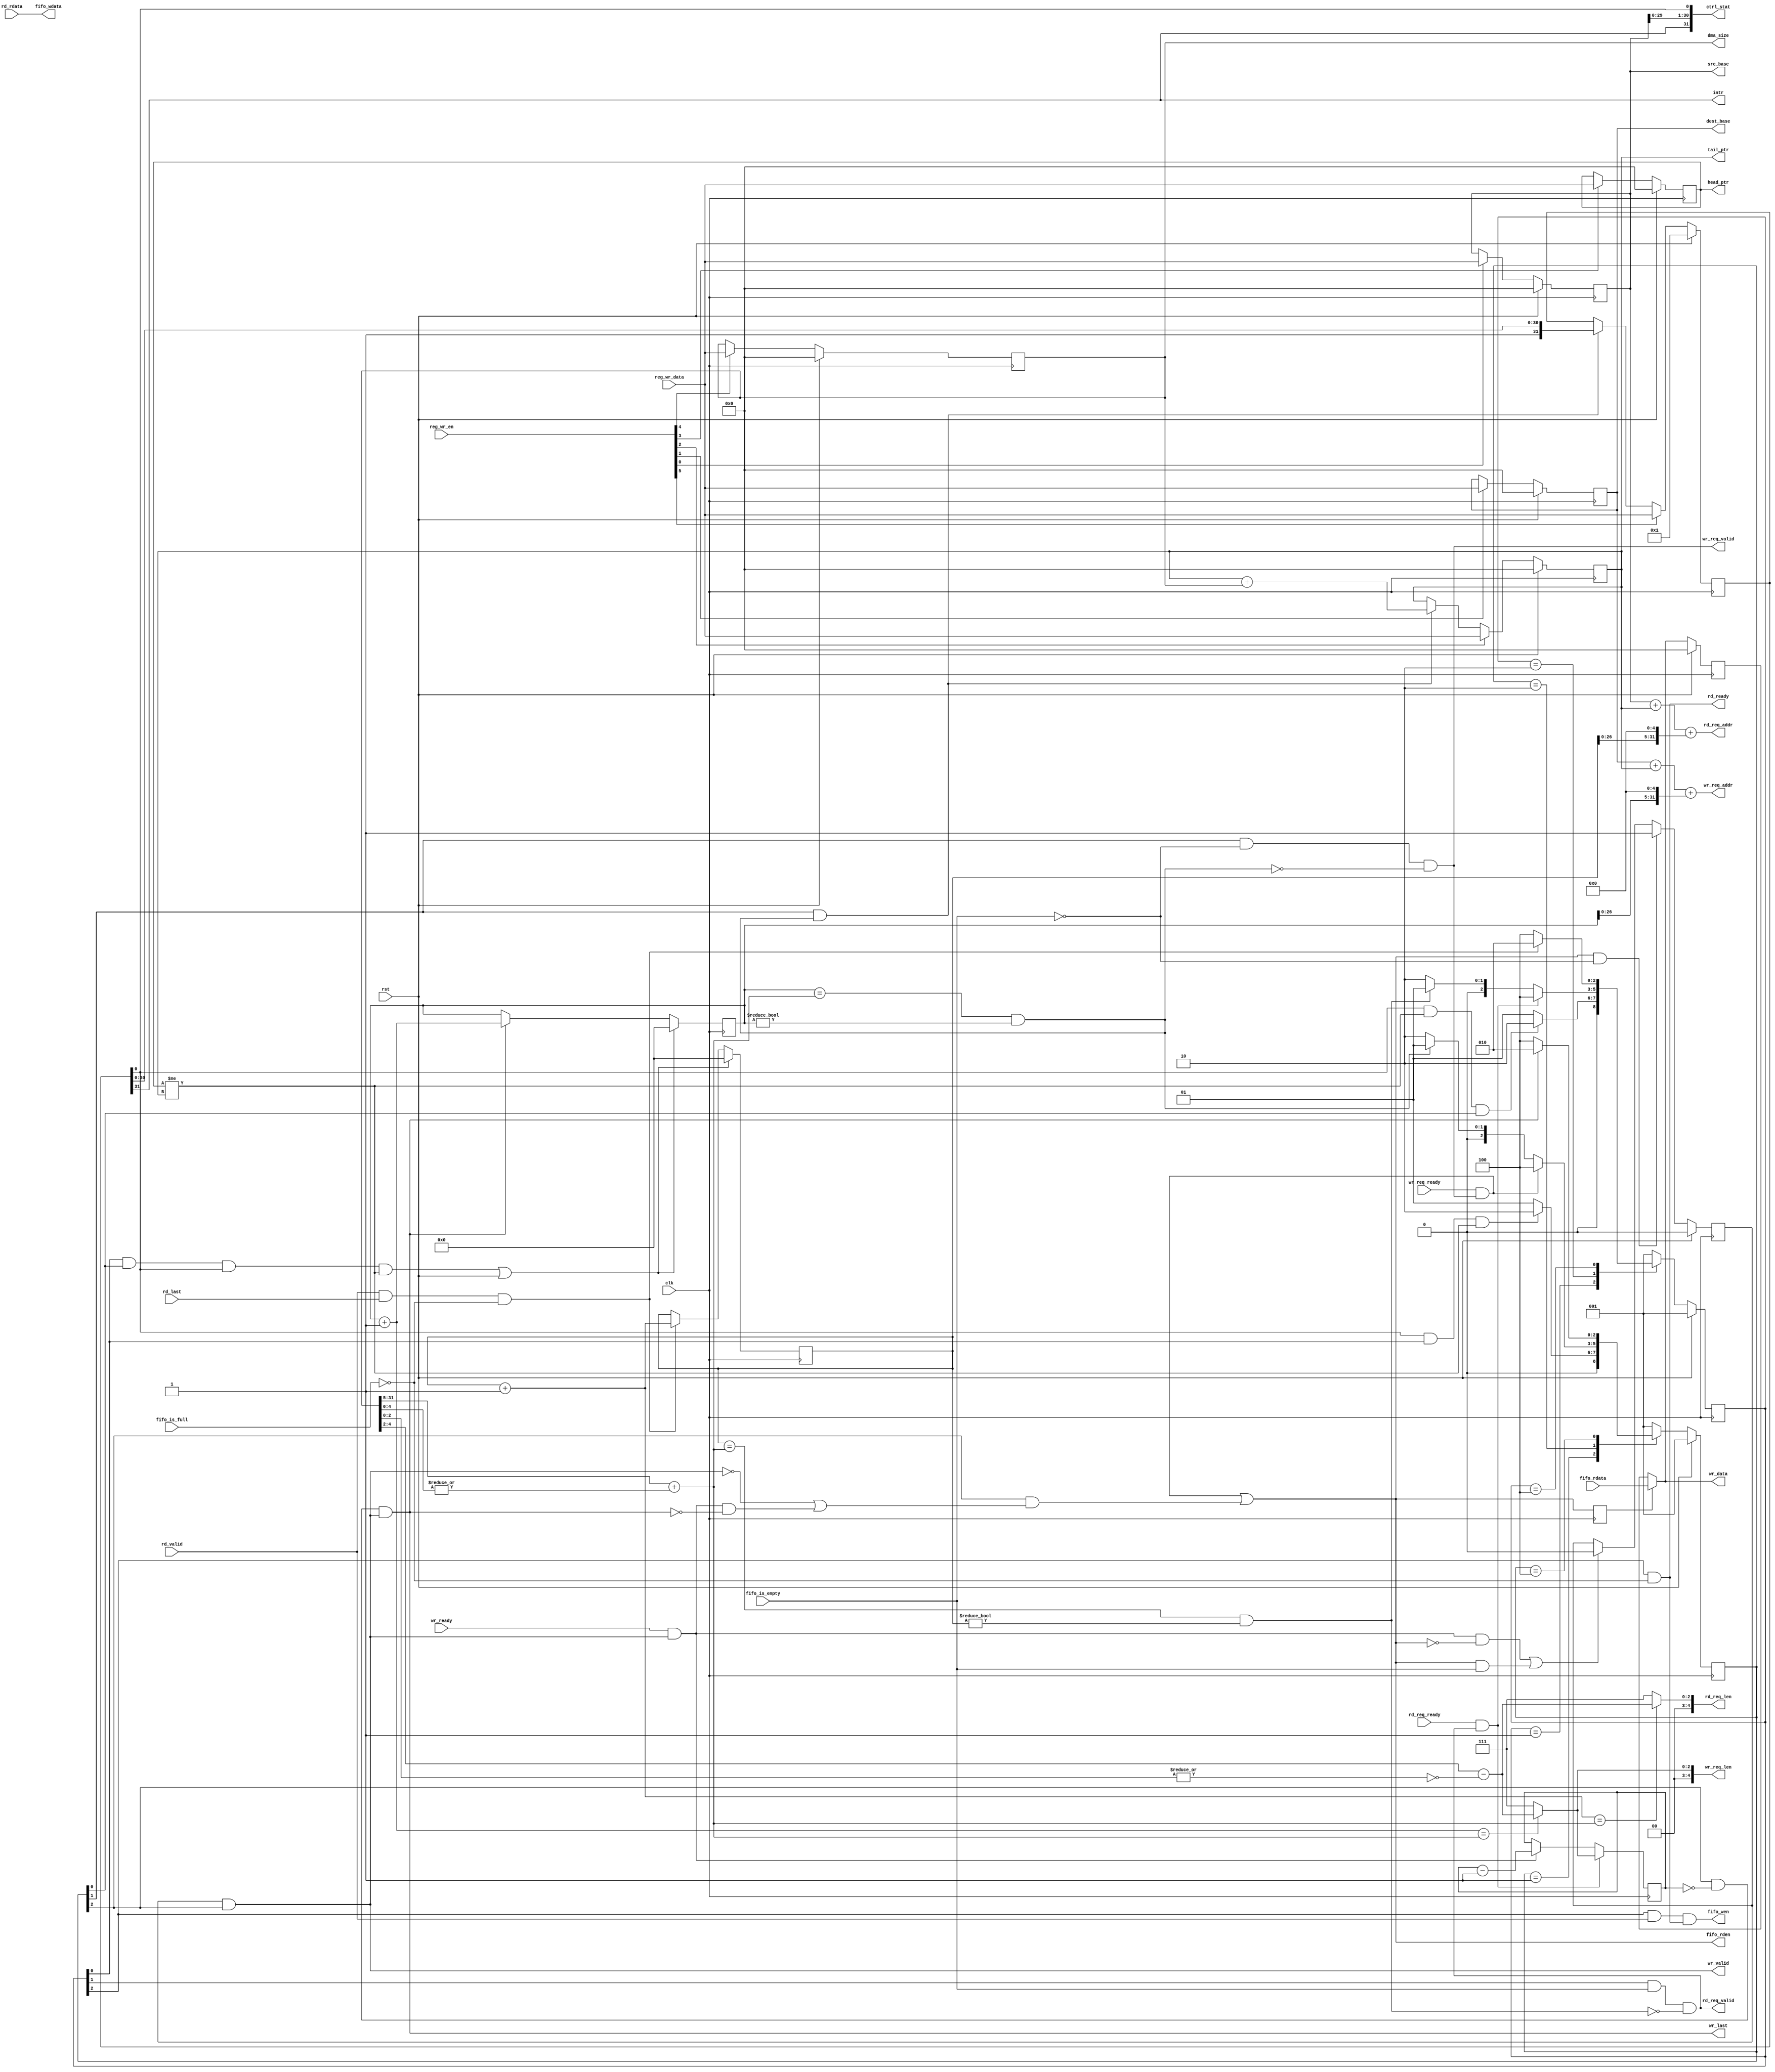
module engine_core #(
	parameter integer  DATA_WIDTH       = 32
)
(
	input    clk,
	input    rst,
	
	output [31:0]       src_base,
	output [31:0]       dest_base,
	output [31:0]       tail_ptr,
	output [31:0]       head_ptr,
	output [31:0]       dma_size,
	output [31:0]       ctrl_stat,

	input  [31:0]	    reg_wr_data,
	input  [ 5:0]       reg_wr_en,
  
	output              intr,
  
	output [31:0]       rd_req_addr,
	output [ 4:0]       rd_req_len,
	output              rd_req_valid,
	
	input               rd_req_ready,
	input  [31:0]       rd_rdata,
	input               rd_last,
	input               rd_valid,
	output              rd_ready,
	
	output [31:0]       wr_req_addr,
	output [ 4:0]       wr_req_len,
	output              wr_req_valid,
	input               wr_req_ready,
	output [31:0]       wr_data,
	output              wr_valid,
	input               wr_ready,
	output              wr_last,
	
	output              fifo_rden,
	output [31:0]       fifo_wdata,
	output              fifo_wen,
	
	input  [31:0]       fifo_rdata,
	input               fifo_is_empty,
	input               fifo_is_full
);
	// TODO: Please add your logic design here
  
        wire EN = ctrl_stat[0];
        assign intr = ctrl_stat[31];
        reg [2:0] RD_current_state, RD_next_state;
        reg [2:0] WR_current_state, WR_next_state;

        localparam IDLE   = 3'b001;
        localparam RD_REQ = 3'b010;
        localparam RD     = 3'b100;
        localparam WR_REQ = 3'b010;
        localparam WR     = 3'b100;

        // FSM 1
        always @(posedge clk) begin
                if (rst) 
                        RD_current_state <= IDLE;
                else 
                        RD_current_state <= RD_next_state;
        end

        always @(posedge clk) begin
                if (rst) 
                        WR_current_state <= IDLE;
                else 
                        WR_current_state <= WR_next_state;
        end

        // FSM 2
        always @(*) begin
                case(RD_current_state) 
                        IDLE : begin
                                if (EN && head_ptr != tail_ptr && WR_current_state[0])
                                        RD_next_state = RD_REQ;
                                else
                                        RD_next_state = IDLE;
                        end
                        RD_REQ : begin
                                // if there is only rd_req_ready, memory will always waiting for valid signal
                                if (rd_req_ready && rd_req_valid) 
                                        RD_next_state = RD;
                                else if (rd_complete)
                                        RD_next_state = IDLE;
                                else
                                        RD_next_state = RD_REQ;
                        end
                        RD: begin
                                if (rd_valid && rd_last && !fifo_is_full)
                                        RD_next_state = RD_REQ;
                                else
                                        RD_next_state = RD;
                        end
                        default :
                                RD_next_state = IDLE;
                endcase
        end

        always @(*) begin
                case(WR_current_state) 
                        IDLE : begin
                                if (EN && RD_current_state[0] && head_ptr != tail_ptr)
                                        WR_next_state = WR_REQ;
                                else
                                        WR_next_state = IDLE;
                        end
                        WR_REQ : begin
                                // if there is only wr_req_ready, memory will always waiting for valid signal
                                if (wr_req_ready && wr_req_valid) 
                                        WR_next_state = WR;
                                else if (wr_complete)
                                        WR_next_state = IDLE;
                                else
                                        WR_next_state = WR_REQ;
                        end
                        WR: begin
                                if (wr_last)
                                        WR_next_state = WR_REQ;
                                else
                                        WR_next_state = WR;
                        end
                        default :
                                WR_next_state = IDLE;
                endcase
        end

        // the condition for starting dma
        wire start = RD_current_state[0] && WR_current_state[0] && EN && head_ptr != tail_ptr;

        // record the burst num
        reg [27:0] rd_counter;

        // to judge the last burst
        wire [27:0] rd_counter_plus = rd_counter + 1;
        always @(posedge clk) begin
                if (start || rst)
                        rd_counter <= 0;
                else if (rd_valid && rd_last && !fifo_is_full)
                        rd_counter <= rd_counter_plus;
                else
                        rd_counter <= rd_counter;
        end

        reg [27:0] wr_counter;
        wire [27:0] wr_counter_plus = wr_counter + 1;
        always @(posedge clk) begin
                if (start || rst)
                        wr_counter <= 0;
                else if (wr_last)
                        wr_counter <= wr_counter_plus;
                else
                        wr_counter <= wr_counter;
        end

        // to jugde the last data of wr
        reg [2:0] wr_last_counter;
        always @(posedge clk) begin
                if (rd_burst_start)
                        wr_last_counter <= wr_req_len[2:0];
                else if (wr_ready && wr_valid)
                        wr_last_counter <= wr_last_counter - 1;
                else
                        wr_last_counter <= wr_last_counter;
        end

        // calculate the tatal burst times and the last burst length
        wire [27:0] burst_num = dma_size[31:5] + (|dma_size[4:0]);
        wire [ 2:0] burst_last_len = dma_size[4:2] - {2'b0, !(|dma_size[2:0])};

        wire rd_complete = (rd_counter == burst_num) && (rd_counter != 0);
        wire wr_complete = (wr_counter == burst_num) && (wr_counter != 0);

        wire rd_burst_start = rd_req_ready && rd_req_valid;
        wire wr_burst_start = wr_req_ready && wr_req_valid;

        assign rd_req_addr = src_base + tail_ptr + {rd_counter, 5'b0};
        assign rd_req_valid = RD_current_state[1] && fifo_is_empty && !rd_complete;
        assign rd_req_len = (rd_counter_plus == burst_num) ? {2'b0, burst_last_len} : 5'b00111;
        assign rd_ready = RD_current_state[2] && !fifo_is_full;
        assign fifo_wdata = rd_rdata;
        assign fifo_wen = RD_current_state[2] && rd_valid && rd_ready;

        assign wr_req_addr = dest_base + tail_ptr + {wr_counter, 5'b0};
        assign wr_req_len = (wr_counter_plus == burst_num) ? {2'b0, burst_last_len} : 5'b00111;
        assign wr_req_valid = WR_current_state[1] && !fifo_is_empty && !wr_complete;
        assign wr_data = (last_fifo_rden) ? fifo_rdata : wr_data_reg;
        assign wr_valid = wr_valid_reg && WR_current_state[2];
        assign wr_last = WR_current_state[2] && (wr_last_counter == 0) && wr_valid;

        // get data from fifo only if the data in reg now is invalid or it is valid and will be written
        assign fifo_rden = wr_burst_start || WR_current_state[2] && ( ~wr_valid || wr_valid && wr_ready && !wr_last);

        reg wr_valid_reg;
        always @(posedge clk) begin
                if (rst) 
                        wr_valid_reg <= 0;
                // 上一周期拉高fifo读并且非空，读数据才有效
                else if (fifo_rden && !fifo_is_empty)
                        wr_valid_reg <= 1;
                // 上一周期数据被写走并且fifo读为低以及fifo空的时候无效
                else if (wr_valid && wr_ready && !fifo_rden || fifo_rden && fifo_is_empty)
                        wr_valid_reg <= 0;
                else
                        wr_valid_reg <= wr_valid_reg;
        end

        // record last_fifo_rden to judge whether fifo_rdata is valid
        reg last_fifo_rden;
        always @(posedge clk) begin
                last_fifo_rden <= fifo_rden;
        end

        // if fifo_rdata is valid but the memory is not ready, we need a register to record the data
        // because the data is only valid in one cycle
        reg [31:0] wr_data_reg;
        always @(posedge clk) begin
                if (rst)
                        wr_data_reg <= 32'b0;
                else if (last_fifo_rden)
                        wr_data_reg <= fifo_rdata;
                else
                        wr_data_reg <= wr_data_reg;
        end

        // six registers controlled by CPU
        reg [31:0] src_base_reg;
        always @(posedge clk) begin
                if (rst)
                        src_base_reg <= 32'b0;
                else if (reg_wr_en[0])
                        src_base_reg <= reg_wr_data;
                else
                        src_base_reg <= src_base_reg;
        end
        assign src_base = src_base_reg;

        reg [31:0] dest_base_reg;
        always @(posedge clk) begin
                if (rst)
                        dest_base_reg <= 32'b0;
                else if (reg_wr_en[1])
                        dest_base_reg <= reg_wr_data;
                else
                        dest_base_reg <= dest_base_reg;
        end
        assign dest_base = dest_base_reg;

        reg [31:0] tail_ptr_reg;
        always @(posedge clk) begin
                if (rst)
                        tail_ptr_reg <= 32'b0;
                else if (reg_wr_en[2])
                        tail_ptr_reg <= reg_wr_data;
                // wr_complete means a move is complete
                else if (WR_current_state[1] && wr_complete)
                        tail_ptr_reg <= tail_ptr_reg + dma_size;
                else
                        tail_ptr_reg <= tail_ptr_reg;
        end
        assign tail_ptr = tail_ptr_reg;

        reg [31:0] head_ptr_reg;
        always @(posedge clk) begin
                if (rst)
                        head_ptr_reg <= 32'b0;
                else if (reg_wr_en[3])
                        head_ptr_reg <= reg_wr_data;
                else
                        head_ptr_reg <= head_ptr_reg;
        end
        assign head_ptr = head_ptr_reg;

        reg [31:0] dma_size_reg;
        always @(posedge clk) begin
                if (rst)
                        dma_size_reg <= 32'b0;
                else if (reg_wr_en[4])
                        dma_size_reg <= reg_wr_data;
                else
                        dma_size_reg <= dma_size_reg;
        end
        assign dma_size = dma_size_reg;

        reg [31:0] ctrl_stat_reg;
        always @(posedge clk) begin
                if (rst)
                        ctrl_stat_reg <= 32'b1;
                else if (reg_wr_en[5])
                        ctrl_stat_reg <= reg_wr_data;
                // send a intr when completing a move
                else if (WR_current_state[1] && wr_complete)
                        ctrl_stat_reg <= {1'b1, ctrl_stat_reg[30:0]};
        end
        assign ctrl_stat = {ctrl_stat_reg[31], src_base[29:0], ctrl_stat_reg[0]};

endmodule